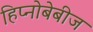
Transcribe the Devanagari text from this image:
हिप्नोबेबीज